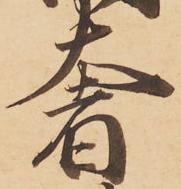
奢